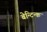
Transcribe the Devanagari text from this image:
बेन्टिन्क